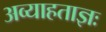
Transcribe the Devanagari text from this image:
अव्याहताज्ञः